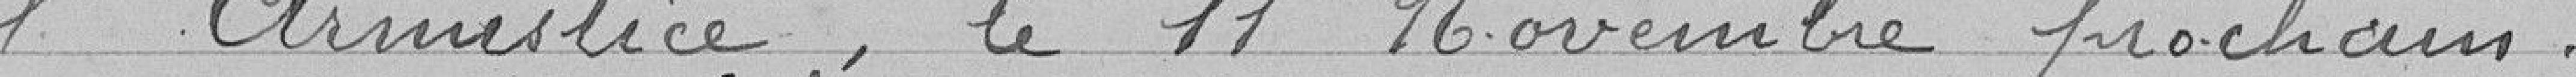
l'Armistice, le 11 Novembre prochain.